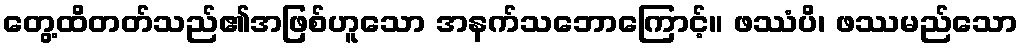
တွေ့ထိတတ်သည်၏အဖြစ်ဟူသော အနက်သဘောကြောင့်။ ဖဿံပိ၊ ဖဿမည်သော